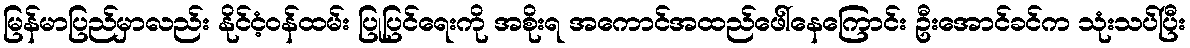
မြန်မာပြည်မှာလည်း နိုင်ငံ့ဝန်ထမ်း ပြုပြင်ရေးကို အစိုးရ အကောင်အထည်ဖေါ်နေကြောင်း ဦးအောင်ခင်က သုံးသပ်ပြီး